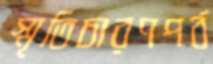
স্মৃতিচারণপর্ব